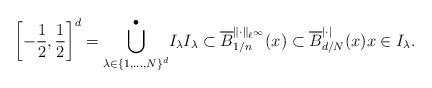
LaTeX: \begin{align*} \left[-\frac{1}{2}, \frac{1}{2}\right]^d = \overset{\bullet}{\bigcup_{\lambda\in \{1, \dots, N\}^d}} I_\lambda I_\lambda \subset \overline{B}_{1/n}^{\|\cdot\|_{\ell^\infty}}(x) \subset \overline{B}_{d/N}^{|\cdot|}(x) x \in I_\lambda. \end{align*}